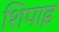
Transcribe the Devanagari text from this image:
शिपाइ